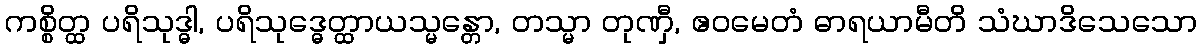
ကစ္စိတ္ထ ပရိသုဒ္ဓါ, ပရိသုဒ္ဓေတ္ထာယသ္မန္တော, တသ္မာ တုဏှီ, ဧဝမေတံ ဓာရယာမီတိ သံဃာဒိသေသော